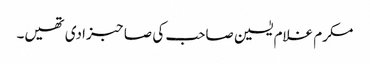
مکرم غلام یٰسین صاحب کی صاحبزادی تھیں۔